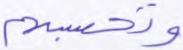
وتحسبهم